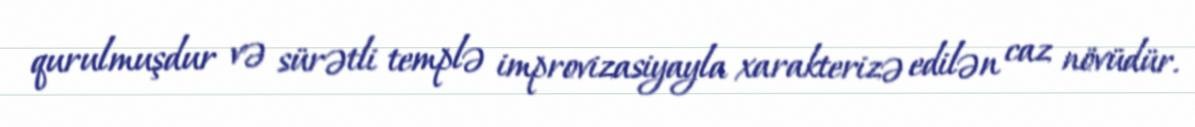
qurulmuşdur və sürətli templə improvizasiyayla xarakterizə edilən caz növüdür.